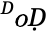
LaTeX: ^ḊoḌ